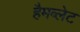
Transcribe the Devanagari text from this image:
हैमब्लेट